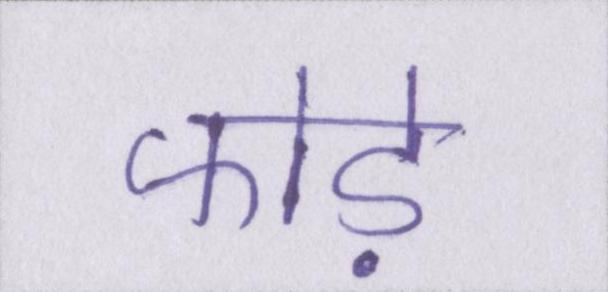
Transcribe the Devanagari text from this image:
फोड़े